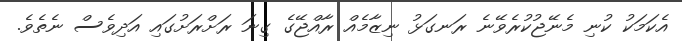
އެކަމަކު ކުނި މެނޭޖުކުރެވޭނެ ރަނގަޅު ނިޒާމެއް ރާއްޖޭގެ ގިނަ ރަށްރަށުގައި އަދިވެސް ނެތެވެ.